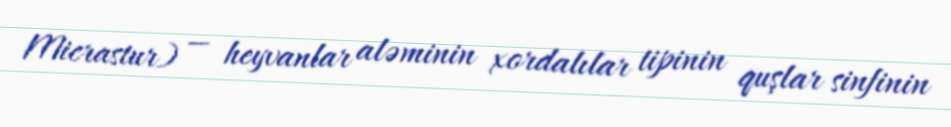
Micrastur) — heyvanlar aləminin xordalılar tipinin quşlar sinfinin